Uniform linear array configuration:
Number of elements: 64
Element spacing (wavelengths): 0.5
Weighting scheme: cosine
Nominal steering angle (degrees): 15
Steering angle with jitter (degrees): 14.375
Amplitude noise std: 0.05
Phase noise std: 0.05

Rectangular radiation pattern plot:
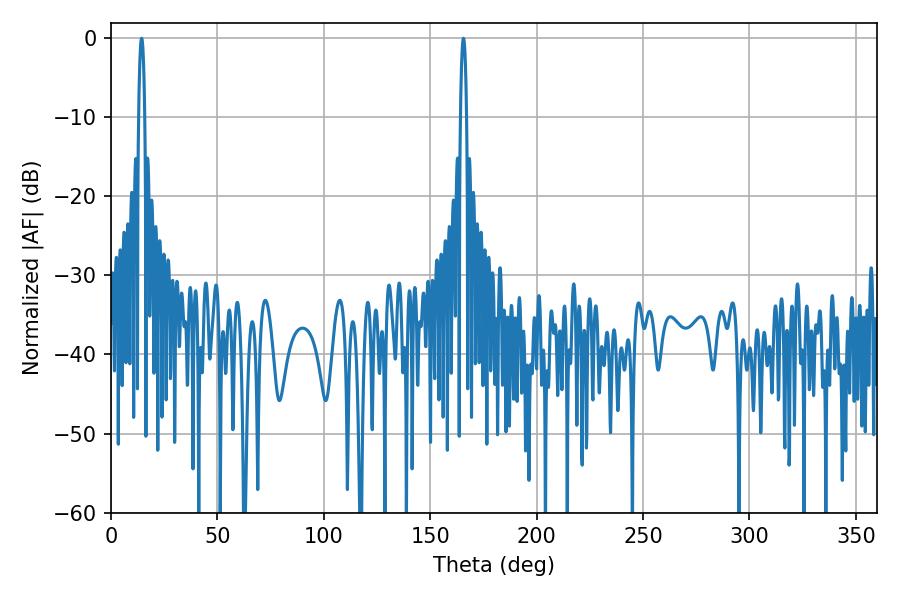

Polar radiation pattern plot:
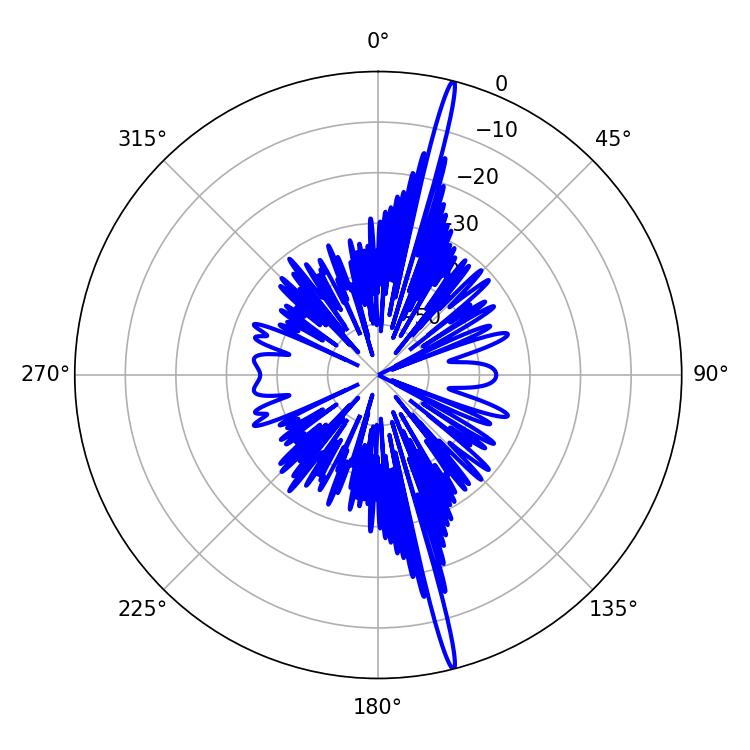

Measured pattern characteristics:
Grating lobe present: FALSE
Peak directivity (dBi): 20.939
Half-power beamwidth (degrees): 1.44
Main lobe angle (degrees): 14.4